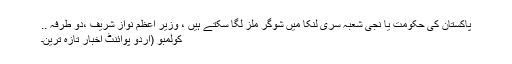
پاکستان کی حکومت یا نجی شعبہ سری لنکا میں شوگر ملز لگا سکتے ہیں ، وزیر اعظم نواز شریف ،دو طرفہ ..
کولمبو (اُردو پوائنٹ اخبار تازہ ترین۔